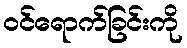
ဝင်ရောက်ခြင်းကို